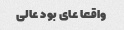
واقعا عای بود عالی